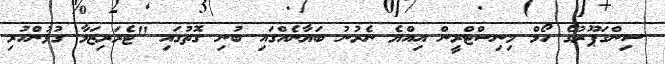
ސިންގަޕޫރުގެ ހޯމް މިނިސްޓްރީން އިއްޔެ ނެރުނު ބަޔާނެއްގައި ބުނި ގޮތުގައި "ޓެރަރިޒަމާ ގުޅުންހުރި